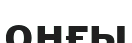
оңғы